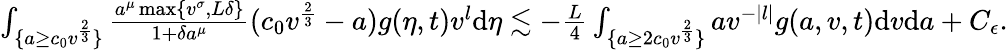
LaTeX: \begin{array}{r}{\int_{\{ a\geq c_{0}v^{\frac{2}{3}}\} }\frac{a^{\mu}\operatorname*{max}\{ v^{\sigma},L\delta\} }{1+\delta a^{\mu}}(c_{0}v^{\frac{2}{3}}-a)g(\eta,t)v^{l}\textup{d}\eta\lesssim-\frac{L}{4}\int_{\{ a\geq 2c_{0}v^{\frac{2}{3}}\} }av^{-|l|}g(a,v,t)\textup{d}v\textup{d}a+C_{\epsilon}.}\end{array}